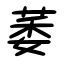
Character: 萎